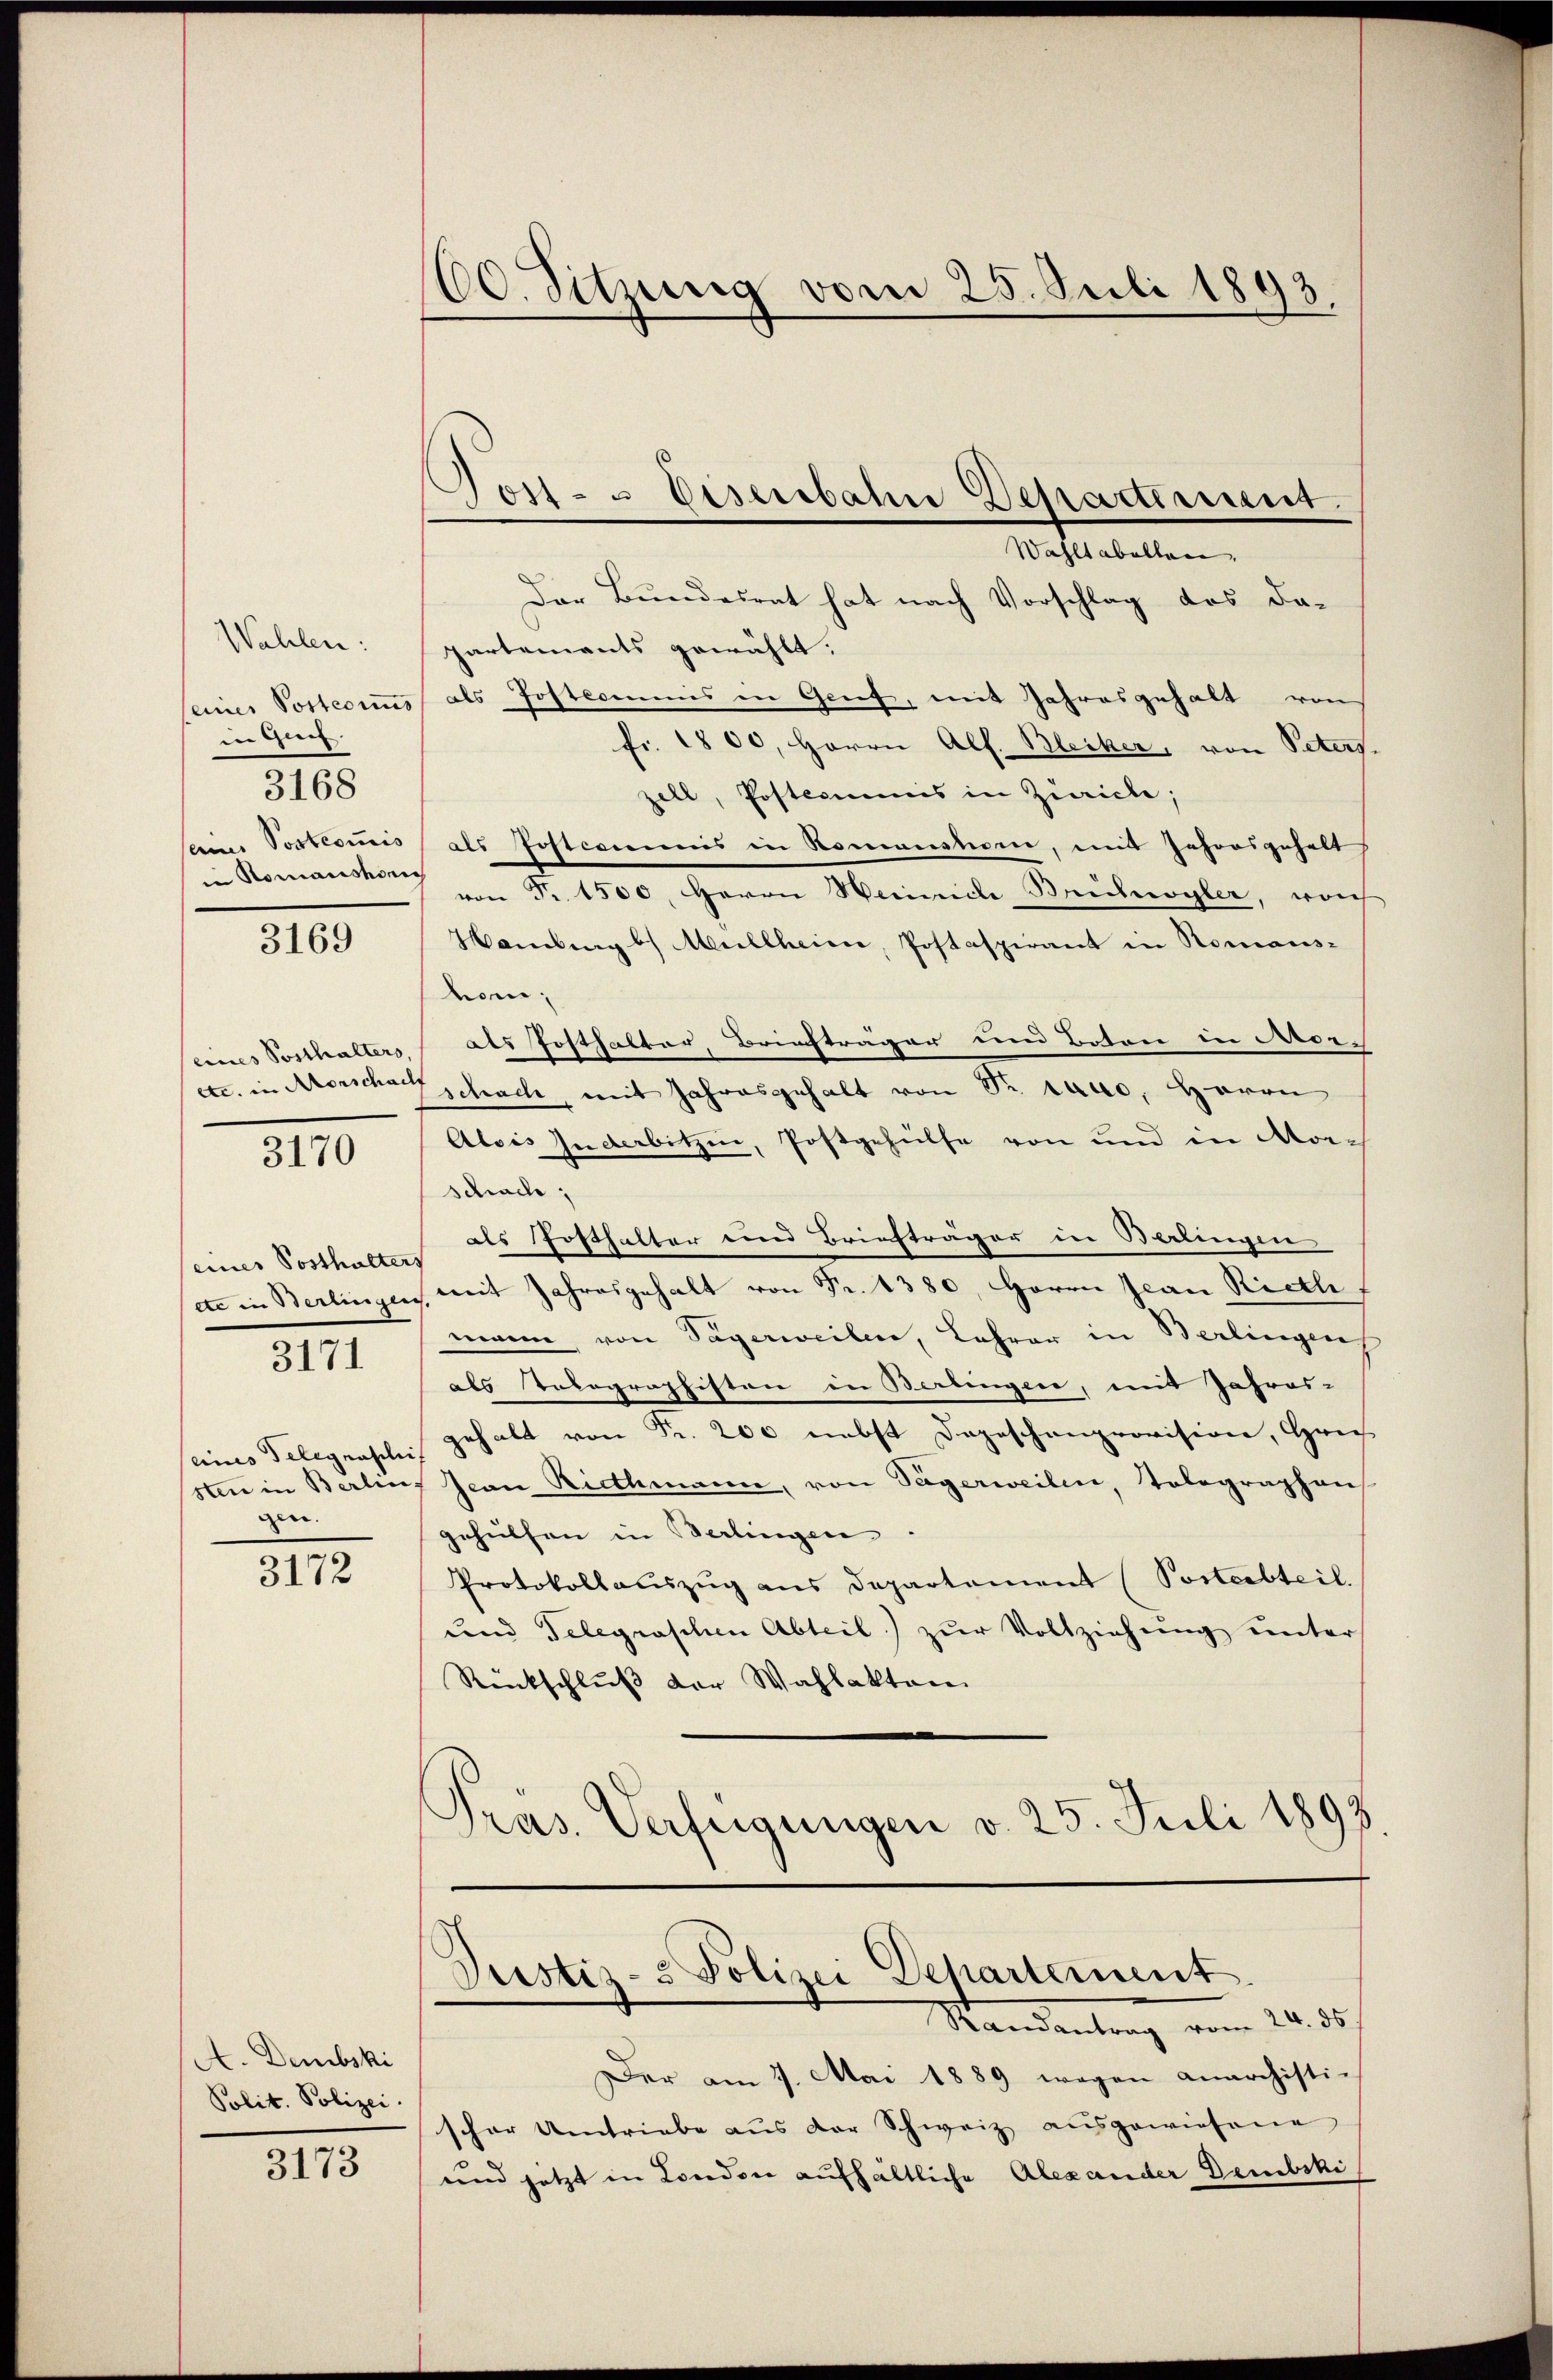
Wahlen:
seines Posterius
in Greif.
3168
seines Posteriis
in Romanshorns

3169

eines Posthalters,
etc. in Rorschach
3170

einer Posthalters
etc in Berlingen
eines Telegraschi
sten in Berlin-
gen.

3171

3172

A. Dembski
Polit. Polizei

3173

160. Sitzung vom 25. Juli 1893.

¬
ort. 5 Eiserbahn Departiment.

Wahltabellen.
Der Bundesrat hat nach Vorschlag das da-
partements gewählt.
als Postcommis in Genf, mit Jahresgehalt von
fr. 1800, Herrn Alf. Bleiker, von Peters.
zell, Postcommis in Zürich;
als Postcommis in Romanstom, mit Jahresgehalt
von Fr. 1500. Herrn Heinrich Bruchwyler, wor
Hamberg b. Müllheim, Postaspirant in Romans-
hom;
als Posthalter, Briefträger und Boten in Frieschach, mit Jahresgehalt von Fr. raus, Herrn
Alois Inderbitzin, Postgehülfe von und in Morschach,
als Posthalter und Briefträger in Berlingen
mit Jahresgehalt von Fr. 1380, Herrn Jean Rieth,
mann, von Sägerweilen, Lehrer in Berlingen
als Tolographisten in Berlingen, mit Jahres-
gehalt von Fr. 200 nebst Depeschenprovision, Grie
Jean Riethmann, von Sägerweilen, Tolegraphen
gehülfen in Berlingen
Protokollauszug aus Departement (Posterbteil
und Telegraschen Abteil) zŭr Vollziehŭng unter
Renkschluß der Wahlakten
Präs. Verfügungen v. 25. Juli 1893

Justiz- & Polizei Departement
Mandantrag vom 20. ds

Der am 7. Mai 1889 wegen anarchisti-
scher Umtriebe aus der Schweiz ausgewiesene
und jetzt in London aufhältliche Alexander Dembski